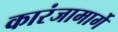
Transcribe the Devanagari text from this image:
कारंजामार्गे